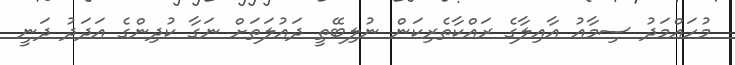
މުހައްމަދު ސިމާއު އާއިލާގެ ރައްކާތެރިކަން ނުލިބޭތީ ދައުލަތަށް ނަގާ ކުދިންގެ އަދަދު ދަނީ